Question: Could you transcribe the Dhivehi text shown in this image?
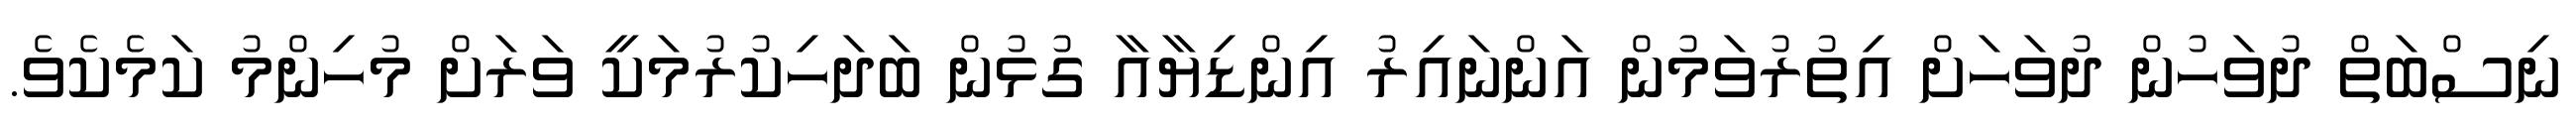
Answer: ނިސްބަތް ދުވަހުން ދުވަހަށް އިތުރުވަމުން އަންނައިރު އިންޑިޔާއާ ގުޅުން ބަދަހިކުރުމަކީ ވަރަށް މުހިންމު ކަމެކެވެ.